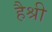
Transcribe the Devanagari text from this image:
हैश्री